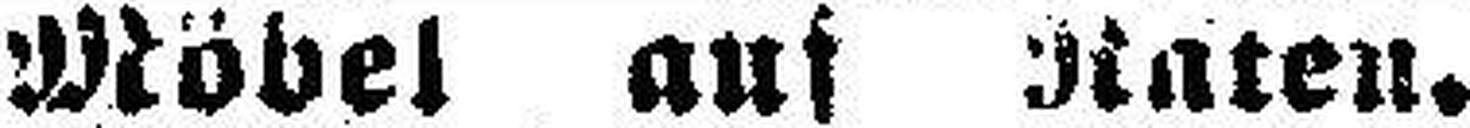
Möbel auf Raten.